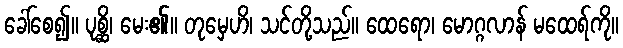
ခေါ်စေ၍။ ပုစ္ဆိ၊ မေး၏။ တုမှေဟိ၊ သင်တို့သည်။ ထေရော၊ မောဂ္ဂလာန် မထေရ်ကို။